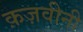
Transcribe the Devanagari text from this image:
क़ज़वीनी